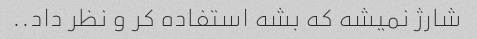
شارژ نمیشه که بشه استفاده کر و نظر داد..